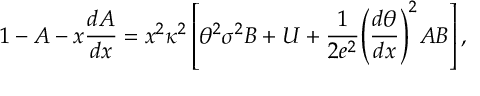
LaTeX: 1 - A - x \frac { d A } { d x } = x ^ { 2 } { \kappa } ^ { 2 } \left[ { \theta } ^ { 2 } { \sigma } ^ { 2 } B + U + \frac { 1 } { 2 e ^ { 2 } } { \left( \frac { d \theta } { d x } \right) } ^ { 2 } A B \right] ,